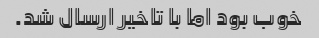
خوب بود اما با تاخیر ارسال شد.